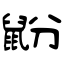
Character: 鼢